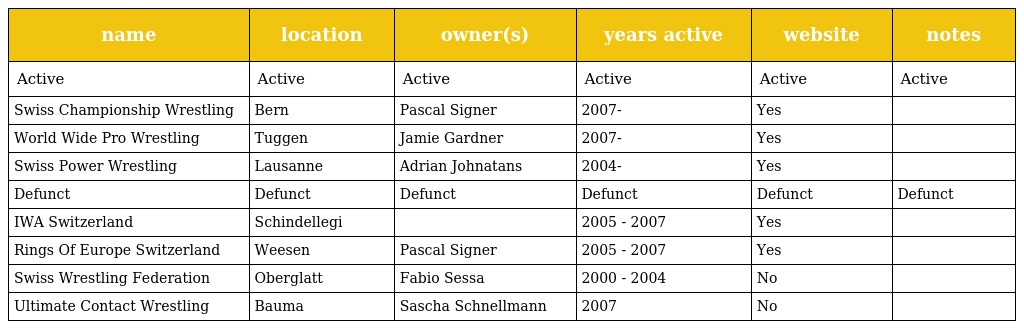
| name | location | owner(s) | years active | website | notes |
 | --- | --- | --- | --- | --- | --- |
 | Active | Active | Active | Active | Active | Active |
 | Swiss Championship Wrestling | Bern | Pascal Signer | 2007- | Yes |  |
 | World Wide Pro Wrestling | Tuggen | Jamie Gardner | 2007- | Yes |  |
 | Swiss Power Wrestling | Lausanne | Adrian Johnatans | 2004- | Yes |  |
 | Defunct | Defunct | Defunct | Defunct | Defunct | Defunct |
 | IWA Switzerland | Schindellegi |  | 2005 - 2007 | Yes |  |
 | Rings Of Europe Switzerland | Weesen | Pascal Signer | 2005 - 2007 | Yes |  |
 | Swiss Wrestling Federation | Oberglatt | Fabio Sessa | 2000 - 2004 | No |  |
 | Ultimate Contact Wrestling | Bauma | Sascha Schnellmann | 2007 | No |  |